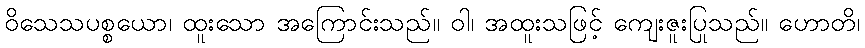
ဝိသေသပစ္စယော၊ ထူးသော အကြောင်းသည်။ ဝါ၊ အထူးသဖြင့် ကျေးဇူးပြုသည်။ ဟောတိ၊